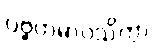
ပဗ္ဗတမာဝသိတွာ